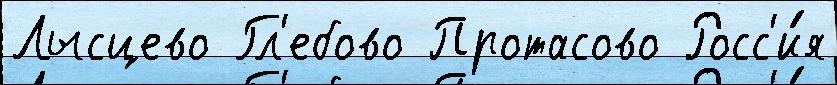
Лысцево Гл'ебово Протасово Росс'и́я